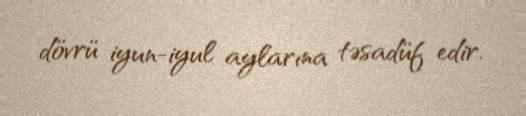
dövrü iyun-iyul aylarına təsadüf edir.